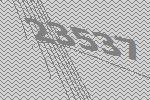
23537